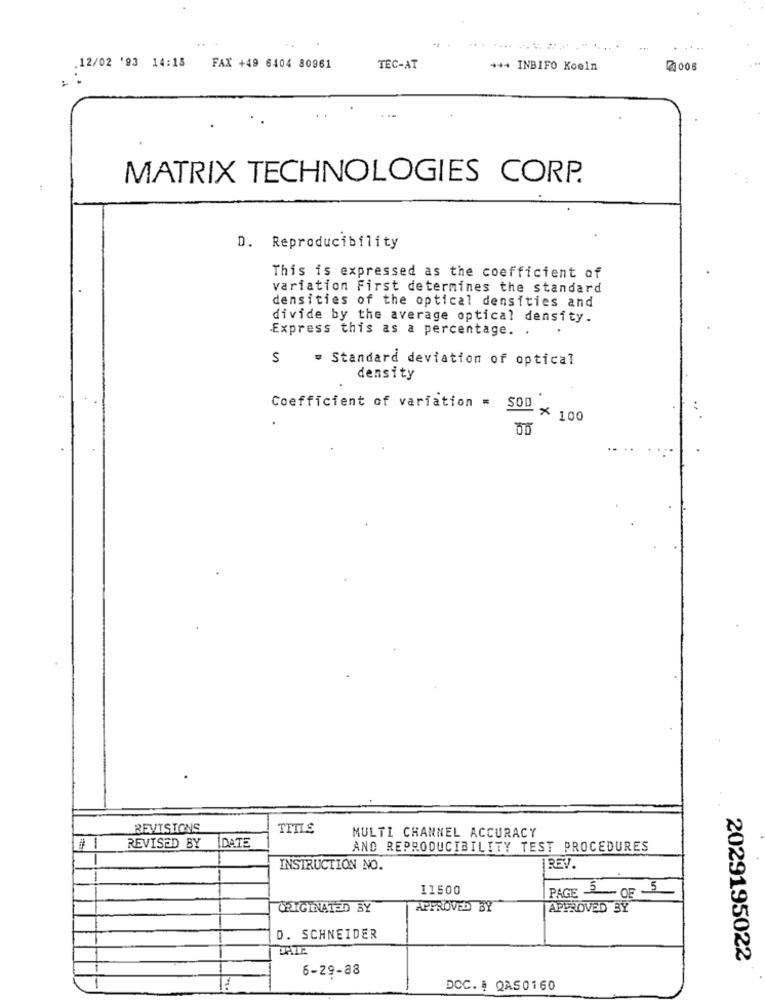
.12/02 '93 14:15 FAX +49 6404 80961
TEC-AT
+++ INBIFO Koeln
2 006
MATRIX TECHNOLOGIES CORP.
D. Reproducibility
This is expressed as the coefficient of
variation First determines the standard
densities of the optical densities and
divide by the average optical density.
Express this as a percentage. . .
S = Standard deviation of optical
density
Coefficient of variation = $00
- × 100
REVISIONS
TITLE
MULTI CHANNEL ACCURACY
1
REVISED BY
DATE
AND REPRODUCIBILITY TEST PROCEDURES
INSTRUCTION NO.
REV.
11500
PAGE - OF -5
ORIGINATED BY
APPROVED BY
APPROVED BY
D. SCHNEIDER
DATE
2029195022
6-29-88
-
DOC. # QAS0160